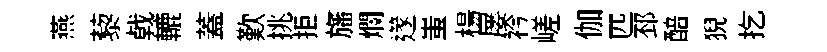
燕藜㦸轆蓋歎挑拒旛爛𨗹蚩楊屡衿嵯伽匹邳醅猊扢